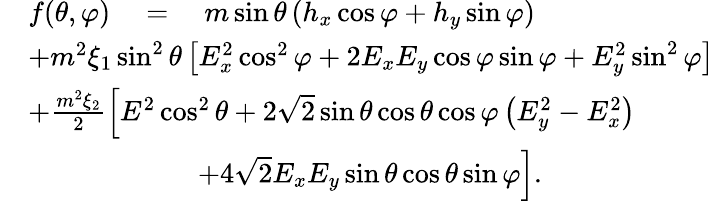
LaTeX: \begin{array}{rl}&{f(\theta,\varphi)\quad=\quad m\sin\theta\left(h_{x}\cos\varphi+h_{y}\sin\varphi\right)}\\ &{+m^{2}\xi_{1}\sin^{2}\theta\left[E_{x}^{2}\cos^{2}\varphi+2E_{x}E_{y}\cos\varphi\sin\varphi+E_{y}^{2}\sin^{2}\varphi\right]}\\ &{+\frac{m^{2}\xi_{2}}{2}\Big[E^{2}\cos^{2}\theta+2\sqrt{2}\sin\theta\cos\theta\cos\varphi\left(E_{y}^{2}-E_{x}^{2}\right)}\\ &{\qquad\qquad\qquad+4\sqrt{2}E_{x}E_{y}\sin\theta\cos\theta\sin\varphi\Big].}\end{array}